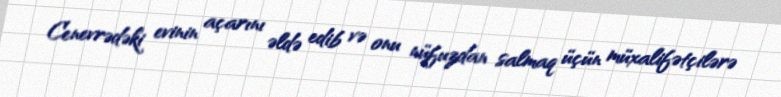
Cenevrədəki evinin açarını əldə edib və onu nüfuzdan salmaq üçün müxalifətçilərə